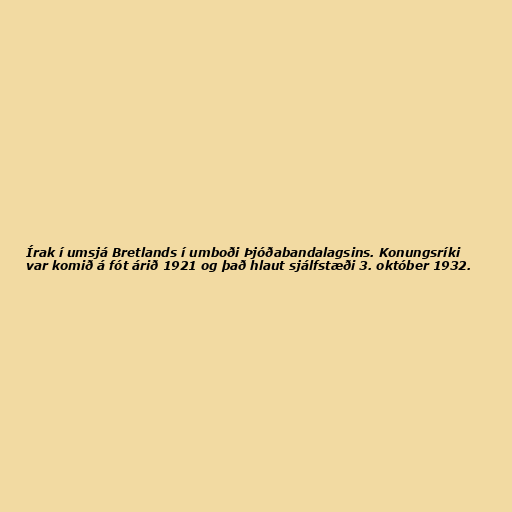
Írak í umsjá Bretlands í umboði Þjóðabandalagsins. Konungsríki
var komið á fót árið 1921 og það hlaut sjálfstæði 3. október 1932.